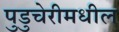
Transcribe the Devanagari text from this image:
पुडुचेरीमधील